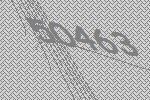
50463